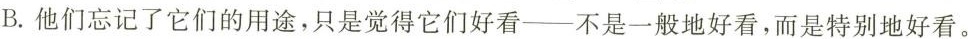
B.他们忘记了它们的用途，只是觉得它们好看——不是——般地好看，而是特别地好看。